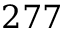
2 7 7